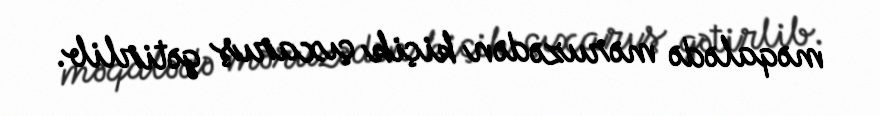
məqalədə məruzədən kiçik çıxarış gətirlib.